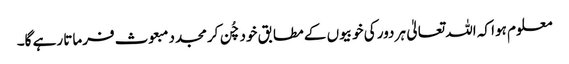
معلوم ہوا کہ اللہ تعالیٰ ہر دور کی خوبیوں کے مطابق خود چُن کر مجدد مبعوث فرماتا رہے گا۔